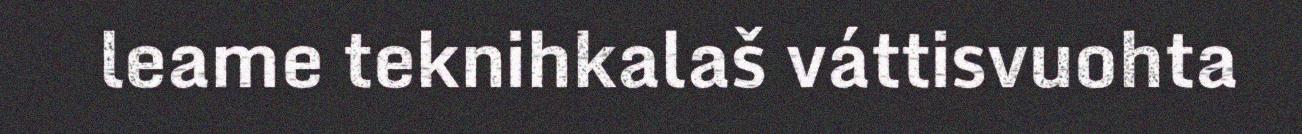
leame teknihkalaš váttisvuohta